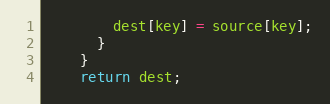
Language: JavaScript
        dest[key] = source[key];
      }
    }
    return dest;